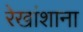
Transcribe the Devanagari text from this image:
रेखांशाना